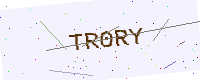
Text: TR0RY